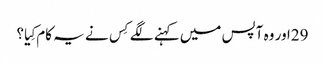
29اور وہ آپس میں کہنے لگے کِس نے یہ کام کِیا؟